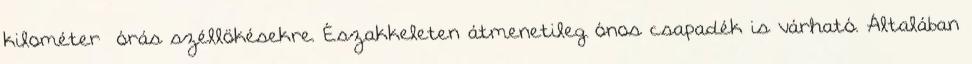
kilométer órás széllökésekre. Északkeleten átmenetileg ónos csapadék is várható. Általában